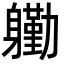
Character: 𮜺